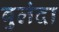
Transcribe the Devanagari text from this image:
बुलंदा